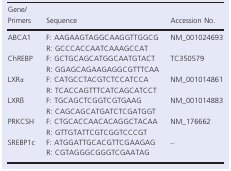
| Gene/Primers | Sequence | Accession No. |
 | --- | --- | --- |
 | <ROWSPAN=2> ABCA1 | F: AAGAAGTAGGCAAGGTTGGCG | <ROWSPAN=2> NM_001024693 |
 | R: GCCCACCAATCAAAGCCAT |
 | <ROWSPAN=2> ChREBP | F: GCTGCAGCATGGCAATGTACT | <ROWSPAN=2> TC350579 |
 | R: GGAGCAGAAGAGGCGTTTCAA |
 | <ROWSPAN=2> LXRα | F: CATGCCTACGTCTCCATCCA | <ROWSPAN=2> NM_001014861 |
 | R: TCACCAGTTTCATCAGCATCCT |
 | <ROWSPAN=2> LXRß | F: TGCAGCTCGGTCGTGAAG | <ROWSPAN=2> NM_001014883 |
 | R: CAGCAGCATGATCTCGATGGT |
 | <ROWSPAN=2> PRKCSH | F: CTGCACCAACACAGGCTACAA | <ROWSPAN=2> NM_176662 |
 | R: GTTGTATTCGTCGGTCCCGT |
 | <ROWSPAN=2> SREBP1c | F: ATGGATTGCACGTTCGAAGAG | <ROWSPAN=2> – |
 | R: CGTAGGGCGGGTCGAATAG |